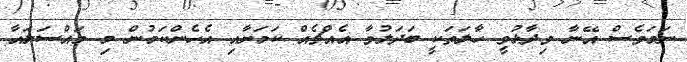
ނަމަވެސް އޭނާ ވިދާޅުވީ ހާލަތަކީ ބަދަލުވާ އެއްޗެއް ކަމަށާއި އެހެންކަމުން މި މައްސަލައާ